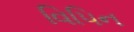
વિપિન